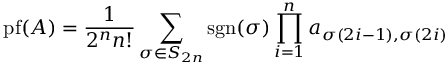
\operatorname { p f } ( A ) = { \frac { 1 } { 2 ^ { n } n ! } } \sum _ { \sigma \in S _ { 2 n } } \operatorname { s g n } ( \sigma ) \prod _ { i = 1 } ^ { n } a _ { \sigma ( 2 i - 1 ) , \sigma ( 2 i ) }